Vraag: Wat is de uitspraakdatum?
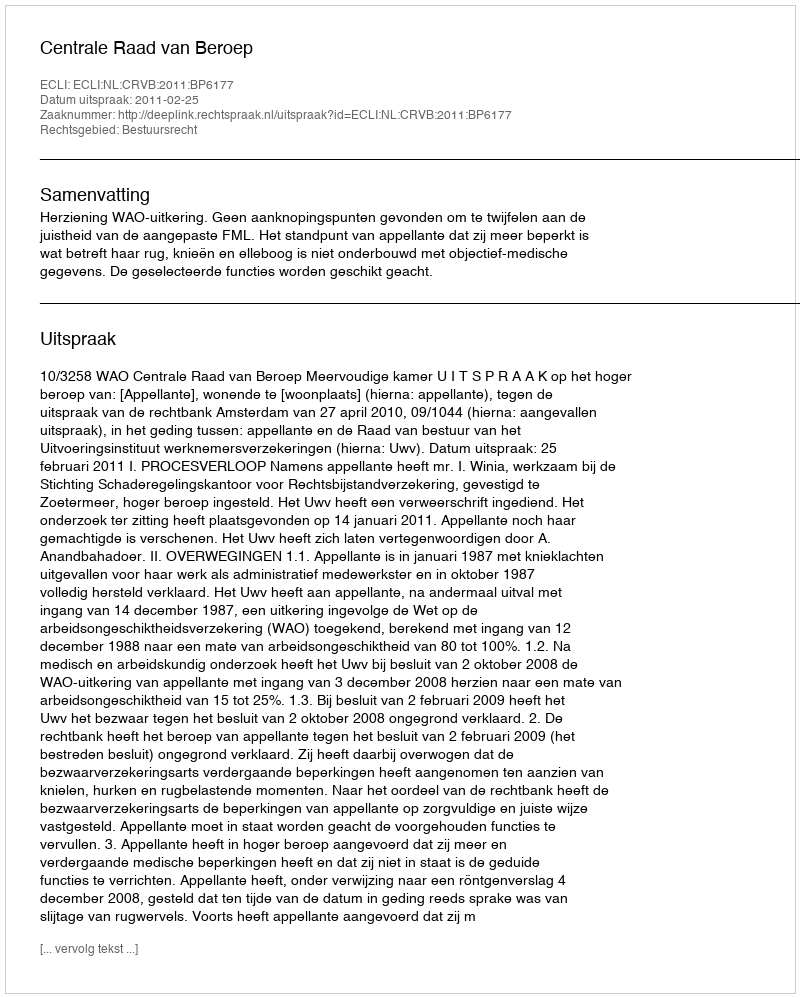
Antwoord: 2011-02-25